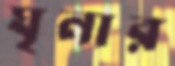
ঘৃনার